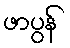
ဖာပွန်